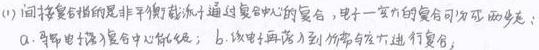
(1) 问接受后指的是非平衡载流子通过复合中心的复合，电子一空穴的复合可分两步走：
a. 导带电子落入复合中心能级；b. 该电子再落入到价带与空穴进行复合。